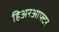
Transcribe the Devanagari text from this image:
हिअरआफ्टर